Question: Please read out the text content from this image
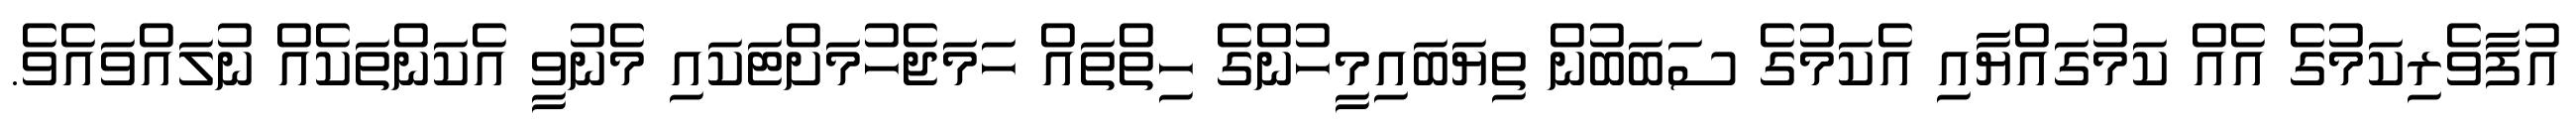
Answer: އުފާވެރިކަމުގެ އެއް ކަމުގައްޔާއި އެކަމުގެ ސަބަބުން ތިޔަބައިމީހުންގެ ހިތްތައް ހަމަޖެހުމަށްޓަކައި މެނުވީ އެކަންތަކެއް ނުލައްވައެވެ.